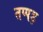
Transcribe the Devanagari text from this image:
तप्पड़